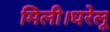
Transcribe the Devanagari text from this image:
मिली।घरेलू